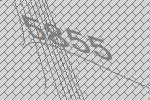
5855